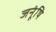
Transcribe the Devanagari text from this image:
जनूंषि